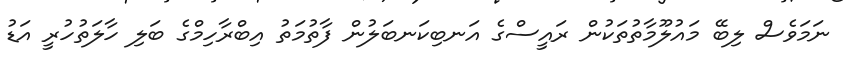
ނަމަވެސް ލިބޭ މައުލޫމާތުތަކުން ރައީސްގެ އަނބިކަނބަލުން ފާތުމަތު އިބްރާހިމްގެ ބަލި ހާލަތުހުރީ އަޑު